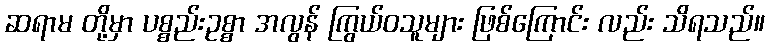
ဆရာမ တို့မှာ ပစ္စည်းဥစ္စာ အလွန် ကြွယ်ဝသူများ ဖြစ်ကြောင်း လည်း သိရသည်။